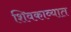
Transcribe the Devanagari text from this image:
शिवकाव्यात